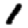
Digit: 1